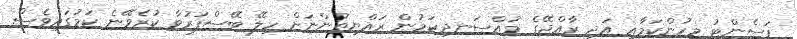
ޕަސެންޓު މީހުންކަމާއި އަދި ރާއްޖޭގެ މުއްސަނދިކަމުން ރައްޔިތުންނަށް ހިލޭ ބޭސްފަރުވާ ކުރެވޭނެ ކަމުގައިވެސް